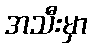
အသီးမှာ